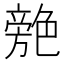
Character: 䒍